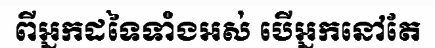
ពីអ្នកដទៃទាំងអស់ បើអ្នកនៅតែ